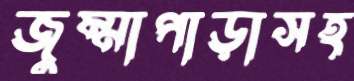
জুম্মাপাড়াসহ